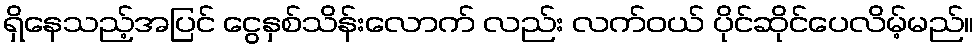
ရှိနေသည့်အပြင် ငွေနှစ်သိန်းလောက် လည်း လက်ဝယ် ပိုင်ဆိုင်ပေလိမ့်မည်။